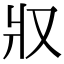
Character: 𤕭